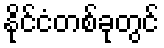
နိုင်ငံတစ်ခုတွင်